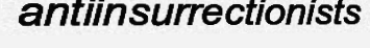
antiinsurrectionists